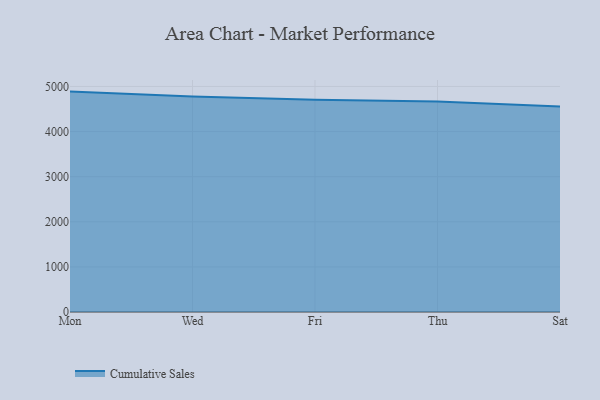
{"axis": {"x": "Day", "y": "Population (Million)"}, "legend": ["Cumulative Sales"], "data": [{"x": "Mon", "y": 4885.6, "type": "Cumulative Sales"}, {"x": "Wed", "y": 4777.2, "type": "Cumulative Sales"}, {"x": "Fri", "y": 4705.4, "type": "Cumulative Sales"}, {"x": "Thu", "y": 4665.9, "type": "Cumulative Sales"}, {"x": "Sat", "y": 4556.5, "type": "Cumulative Sales"}]}